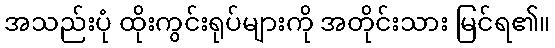
အသည်းပုံ ထိုးကွင်းရုပ်များကို အတိုင်းသား မြင်ရ၏။